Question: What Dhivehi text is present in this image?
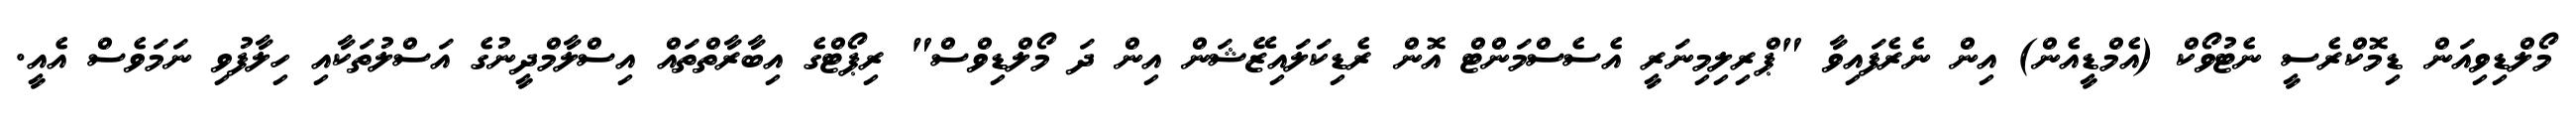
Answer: މޯލްޑިވިއަން ޑިމޮކްރެސީ ނެޓުވޯކް (އެމްޑީއެން) އިން ނެރެފައިވާ "ޕްރިލިމިނަރީ އެސެސްމަންޓް އޮން ރެޑިކަލައިޒޭޝަން އިން ދަ މޯލްޑިވްސް" ރިޕޯޓްގެ އިބާރާތްތައް އިސްލާމްދީނުގެ އަސްލުތަކާއި ހިލާފުވި ނަމަވެސް އެއީ.